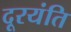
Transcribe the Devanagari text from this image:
दूरयंति